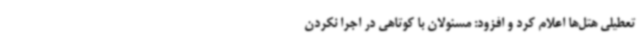
تعطیلی هتل‌ها اعلام کرد و افزود: مسئولان با کوتاهی در اجرا نکردن